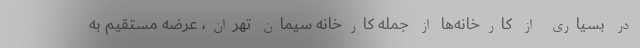
در بسیاری از کارخانه‌ها از جمله کارخانه سیمان تهران، عرضه مستقیم به